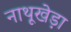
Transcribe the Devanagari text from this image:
नाथूखेड़ा